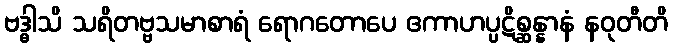
ဗဒ္ဓါသိ သရိတဗ္ဗသမာစာရံ ရောဂတောပေ ဧကာဟပ္ပဋိစ္ဆန္နာနံ နဝုတီတိ